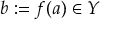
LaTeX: b : = f ( a ) \in Y